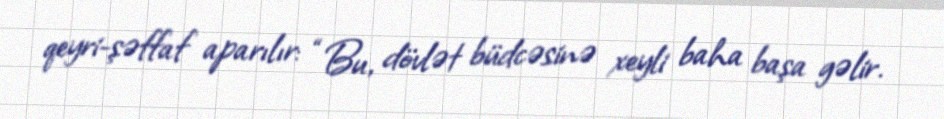
qeyri-şəffaf aparılır: “Bu, dövlət büdcəsinə xeyli baha başa gəlir.